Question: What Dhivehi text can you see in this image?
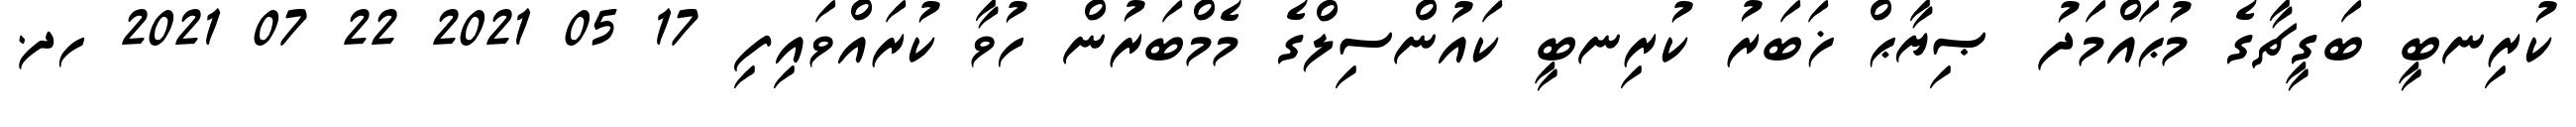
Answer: ކުރިނބީ ބަގީޗާގެ މުޙައްމަދު ޞިޔާޙް ޚަބަރު ކުރިނބީ ކައުންސިލްގެ މެމްބަރުން ހުވާ ކުރައްވައިފި 17 05 2021 22 07 2021 ހދ.